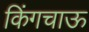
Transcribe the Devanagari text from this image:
किंगचाऊ